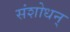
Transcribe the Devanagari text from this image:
संशोधन्